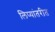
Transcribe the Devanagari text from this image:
लिप्यांतरीत